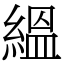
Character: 縕